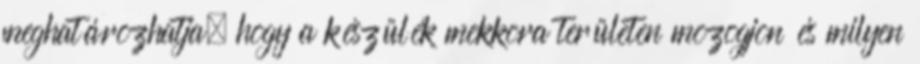
meghatározhatja, hogy a készülék mekkora területen mozogjon és milyen